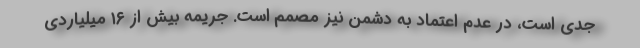
جدی است، در عدم اعتماد به دشمن نیز مصمم است. جریمه بیش از ۱۶ میلیاردی